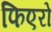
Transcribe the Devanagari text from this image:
फिएरो